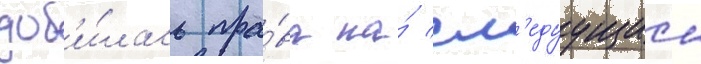
доб'и́лась пра́ва на́ сл'едуущии